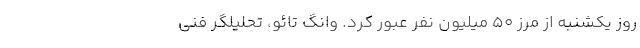
روز یکشنبه از مرز ۵۰ میلیون نفر عبور کرد. وانگ تائو، تحلیلگر فنی